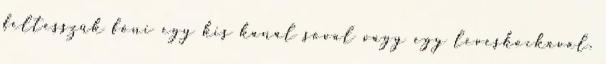
feltesszük főni egy kis kanál sóval vagy egy leveskockával.